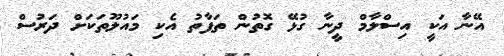
އޭނާ އަކީ އިސްލާމް ދީނާ ގުޅޭ ގޮތުން ތަފާތު އެކި މައުލޫތަކަށް ދަރުސް